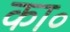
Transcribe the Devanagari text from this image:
का॰